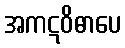
အကဋဝိဓာပေ